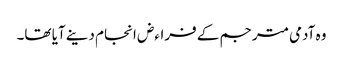
وہ آدمی مترجم کے فراءض انجام دینے آیا تھا۔